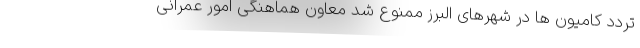
تردد کامیون ها در شهرهای البرز ممنوع شد معاون هماهنگی امور عمرانی